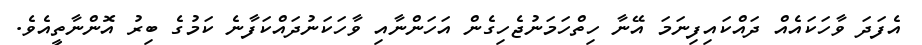
އެފަދަ ވާހަކައެއް ދައްކައިފިނަމަ އޭނާ ހިތްހަމަނުޖެހިގެން އަހަންނާއި ވާހަކަނުދައްކަފާނެ ކަމުގެ ބިރު އޮންނާތީއެވެ.